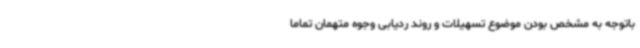
باتوجه به مشخص بودن موضوع تسهیلات و روند ردیابی وجوه متهمان تماماً